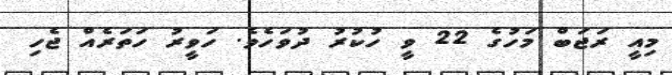
މިއީ ރަޖަބް މަހުގެ 22 ވީ ހުކުރު ދުވަހެވެ. ހަވީރު ހަތަރެއް ޖެހި